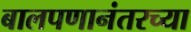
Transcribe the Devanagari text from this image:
बालपणानंतरच्या